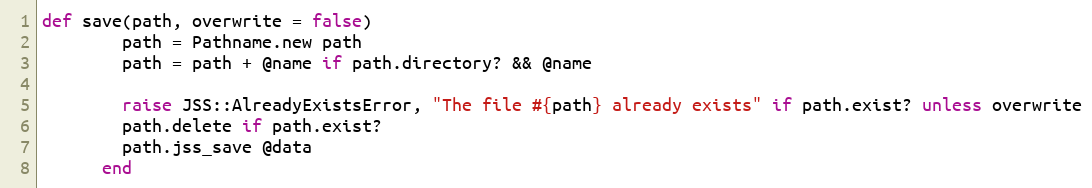
Language: Ruby
def save(path, overwrite = false)
        path = Pathname.new path
        path = path + @name if path.directory? && @name

        raise JSS::AlreadyExistsError, "The file #{path} already exists" if path.exist? unless overwrite
        path.delete if path.exist?
        path.jss_save @data
      end